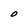
Character: O